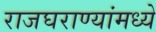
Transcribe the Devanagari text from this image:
राजघराण्यांमध्ये